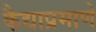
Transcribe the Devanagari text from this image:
कैद्याप्रमाणे